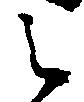
之